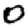
Digit: 0